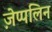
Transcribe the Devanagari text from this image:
ज़ेप्पलिन